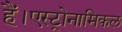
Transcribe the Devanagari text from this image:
हैं।एस्ट्रोनामिकल